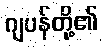
ဂျပန်တို့၏